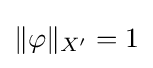
\|\varphi \|_{X^{\prime }}=1